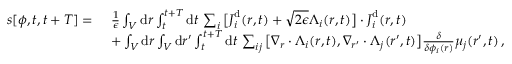
\begin{array} { r l } { s [ { \phi } , t , t + T ] = ~ } & { \frac { 1 } { \epsilon } \int _ { V } \mathrm { d } \boldsymbol { r } \int _ { t } ^ { t + T } \mathrm { d } t \, \sum _ { i } \big [ { \boldsymbol { J } } _ { i } ^ { \mathrm { d } } ( \boldsymbol { r } , t ) + \sqrt { 2 \epsilon } { \boldsymbol { \Lambda } } _ { i } ( \boldsymbol { r } , t ) \big ] \cdot { \boldsymbol { J } } _ { i } ^ { \mathrm { d } } ( \boldsymbol { r } , t ) } \\ & { + \int _ { V } \mathrm { d } \boldsymbol { r } \int _ { V } \mathrm { d } \boldsymbol { r } ^ { \prime } \int _ { t } ^ { t + T } \mathrm { d } t \, \sum _ { i j } \big [ \nabla _ { \boldsymbol { r } } \cdot { \boldsymbol { \Lambda } } _ { i } ( { \boldsymbol { r } } , t ) , \nabla _ { { \boldsymbol { r } } ^ { \prime } } \cdot { \boldsymbol { \Lambda } } _ { j } ( { \boldsymbol { r } } ^ { \prime } , t ) \big ] \frac { \delta } { \delta \phi _ { i } ( { \boldsymbol { r } } ) } \mu _ { j } ( { \boldsymbol { r } } ^ { \prime } , t ) \, , } \end{array}